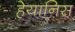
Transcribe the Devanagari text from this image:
हेयानिस